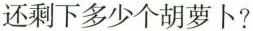
还剩下多少个胡萝卜？